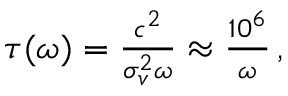
\begin{array} { r } { \tau ( \omega ) = \frac { c ^ { 2 } } { \sigma _ { v } ^ { 2 } \omega } \approx \frac { 1 0 ^ { 6 } } { \omega } \, , } \end{array}